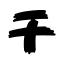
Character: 干